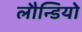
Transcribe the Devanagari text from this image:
लौन्डियोे